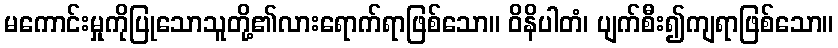
မကောင်းမှုကိုပြုသောသူတို့၏လားရောက်ရာဖြစ်သော။ ဝိနိပါတံ၊ ပျက်စီး၍ကျရာဖြစ်သော။